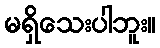
မရှိသေးပါဘူး။